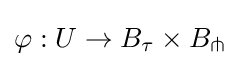
\varphi :U\to B_{\tau }\times B_{\pitchfork }